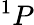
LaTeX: ^1P